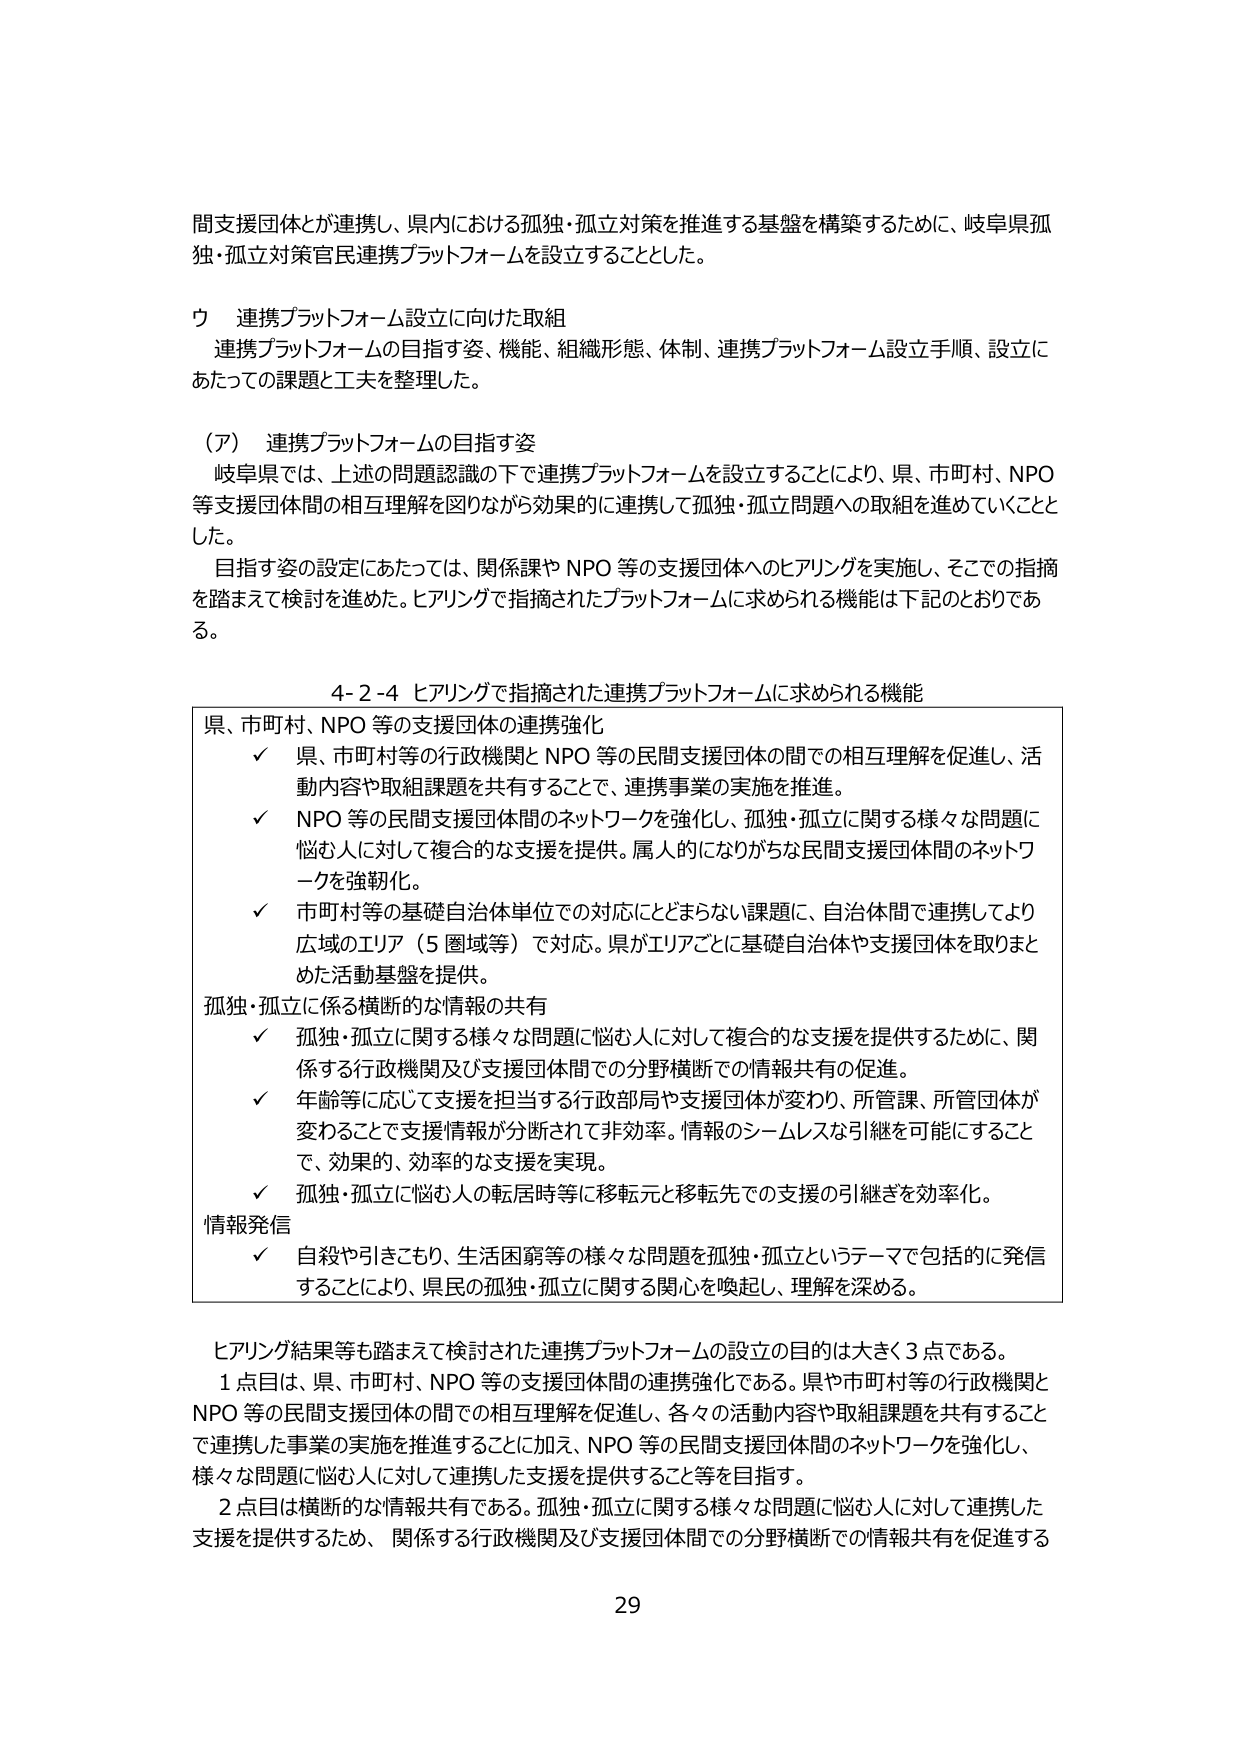
間支援団体とが連携し、県内における孤独・孤立対策を推進する基盤を構築するために、岐阜県孤独・孤立対策官民連携プラットフォームを設立することとした。

ウ 連携プラットフォーム設立に向けた取組
連携プラットフォームの目指す姿、機能、組織形態、体制、連携プラットフォーム設立手順、設立にあたっての課題と工夫を整理した。

（ア） 連携プラットフォームの目指す姿
岐阜県では、上述の問題認識の下で連携プラットフォームを設立することにより、県、市町村、NPO等支援団体間の相互理解を図りながら効果的に連携して孤独・孤立問題への取組を進めていくこととした。
目指す姿の設定にあたっては、関係課やNPO等の支援団体へのヒアリングを実施し、そこでの指摘を踏まえて検討を進めた。ヒアリングで指摘されたプラットフォームに求められる機能は下記のとおりである。

4-2-4 ヒアリングで指摘された連携プラットフォームに求められる機能

県、市町村、NPO等の支援団体の連携強化
✓ 県、市町村等の行政機関とNPO等の民間支援団体の間での相互理解を促進し、活動内容や取組課題を共有することで、連携事業の実施を推進。
✓ NPO等の民間支援団体間のネットワークを強化し、孤独・孤立に関する様々な問題に悩む人に対して複合的な支援を提供。属人的になりがちな民間支援団体間のネットワークを強靭化。
✓ 市町村等の基礎自治体単位での対応にとどまらない課題に、自治体間で連携してより広域のエリア（5圏域等）で対応。県がエリアごとに基礎自治体や支援団体を取りまとめた活動基盤を提供。

孤独・孤立に係る横断的な情報の共有
✓ 孤独・孤立に関する様々な問題に悩む人に対して複合的な支援を提供するために、関係する行政機関及び支援団体間での分野横断での情報共有の促進。
✓ 年齢等に応じて支援を担当する行政部局や支援団体が変わり、所管課、所管団体が変わることで支援情報が分断されて非効率。情報のシームレスな引継を可能にすることで、効果的、効率的な支援を実現。
✓ 孤独・孤立に悩む人の転居時等に移転元と移転先での支援の引継ぎを効率化。

情報発信
✓ 自殺や引きこもり、生活困窮等の様々な問題を孤独・孤立というテーマで包括的に発信することにより、県民の孤独・孤立に関する関心を喚起し、理解を深める。

ヒアリング結果等も踏まえて検討された連携プラットフォームの設立の目的は大きく3点である。
1点目は、県、市町村、NPO等の支援団体間の連携強化である。県や市町村等の行政機関とNPO等の民間支援団体の間での相互理解を促進し、各々の活動内容や取組課題を共有することで連携した事業の実施を推進することに加え、NPO等の民間支援団体間のネットワークを強化し、様々な問題に悩む人に対して連携した支援を提供すること等を目指す。
2点目は横断的な情報共有である。孤独・孤立に関する様々な問題に悩む人に対して連携した支援を提供するため、関係する行政機関及び支援団体間での分野横断での情報共有を促進する

29